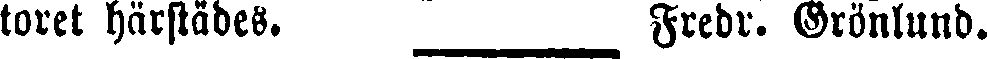
toret härstädes. _____ Fredr. Grönlund.